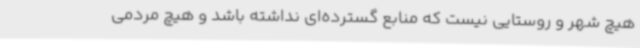
هیچ شهر و روستایی نیست که منابع گسترده‌ای نداشته باشد و هیچ مردمی